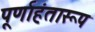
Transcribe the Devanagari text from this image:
पूर्णाहंतारूप